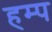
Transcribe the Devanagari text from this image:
हम्प